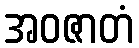
အဝဇာတံ